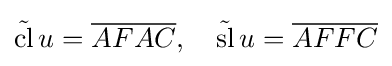
{\tilde {\operatorname {cl} }}\,u={\overline {AF}}{\overline {AC}},\quad {\tilde {\operatorname {sl} }}\,u={\overline {AF}}{\overline {FC}}